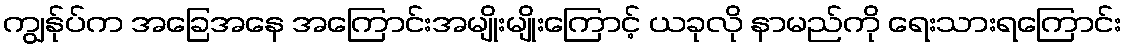
ကျွန်ုပ်က အခြေအနေ အကြောင်းအမျိုးမျိုးကြောင့် ယခုလို နာမည်ကို ရေးသားရကြောင်း